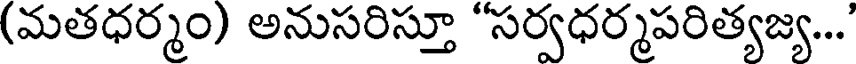
(మతధర్మం) అనుసరిస్తూ "సర్వధర్మపరిత్యజ్య...